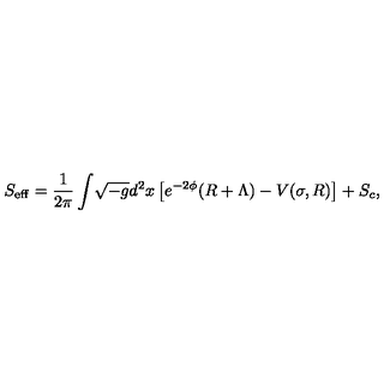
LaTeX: S _ { \mathrm { e f f } } = \frac { 1 } { 2 \pi } \int \! \sqrt { - g } d ^ { 2 } x \left[ e ^ { - 2 \phi } ( R + \Lambda ) - V ( \sigma , R ) \right] + S _ { c } ,